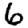
Digit: 6